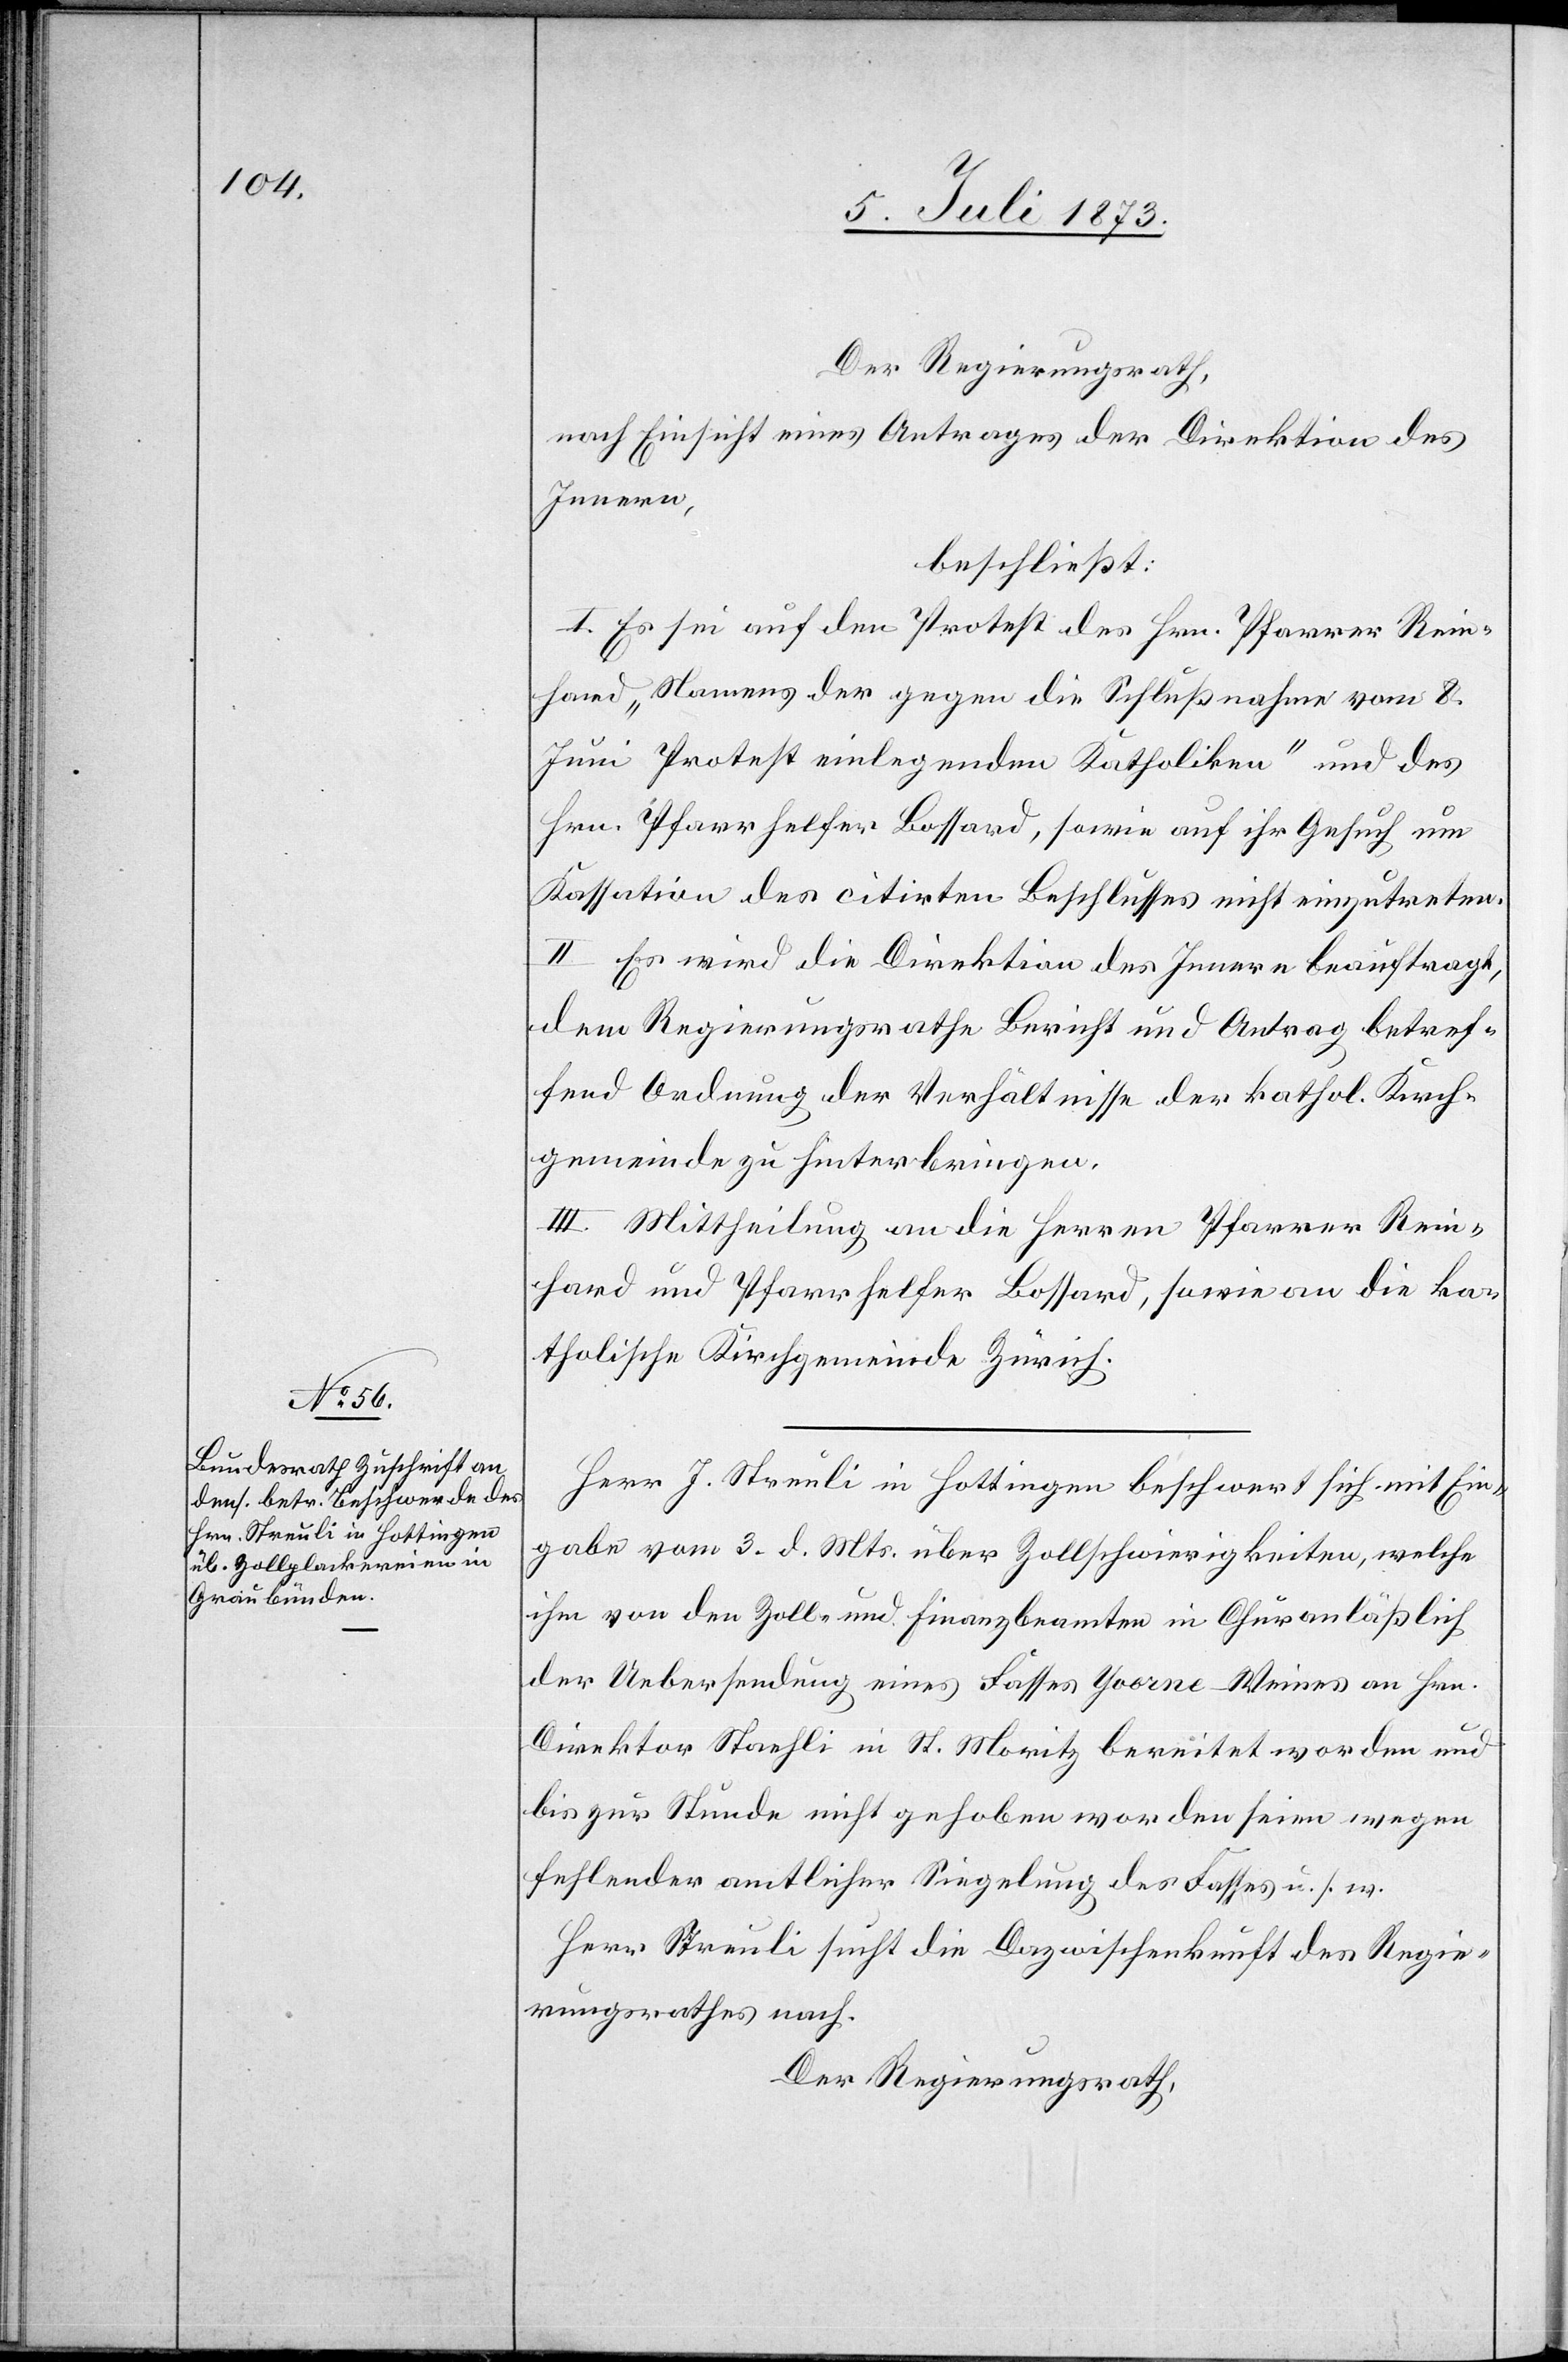
Herr J. Streuli in Hottingen beschwert sich mit Ein¬
gabe vom 3. d. Mts. über Zollschwierigkeiten, welche
ihm von den Zoll- und Finanzbeamten in Chur anläßlich
der Uebersendung eines Fasses Yvorne-Weines an Hrn.
Direktor Staehli in St. Moritz bereitet worden und
bis zur Stunde nicht gehoben worden seien wegen
fehlender amtlicher Siegelung des Fasses u. s. w.
Herr Streuli sucht die Dazwischenkunft des Regie¬
rungsrathes nach.
Der Regierungsrath,